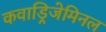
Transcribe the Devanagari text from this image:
कवाड्रिजेमिनल